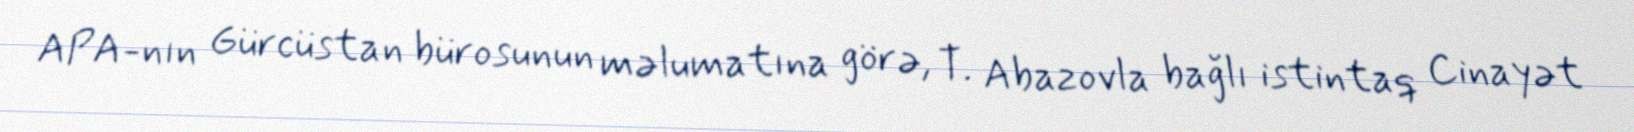
APA-nın Gürcüstan bürosunun məlumatına görə, T. Abazovla bağlı istintaq Cinayət